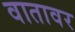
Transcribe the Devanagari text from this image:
वातावर